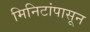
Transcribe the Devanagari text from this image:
मिनिटांपासून